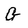
Character: G